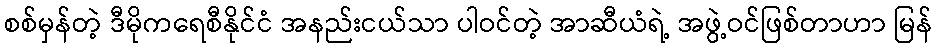
စစ်မှန်တဲ့ ဒီမိုကရေစီနိုင်ငံ အနည်းငယ်သာ ပါဝင်တဲ့ အာဆီယံရဲ့ အဖွဲ့ဝင်ဖြစ်တာဟာ မြန်